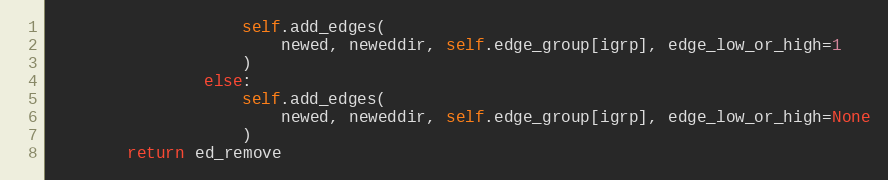
Language: Python
                    self.add_edges(
                        newed, neweddir, self.edge_group[igrp], edge_low_or_high=1
                    )
                else:
                    self.add_edges(
                        newed, neweddir, self.edge_group[igrp], edge_low_or_high=None
                    )
        return ed_remove